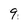
Character: 9